Vaccination in Burma 1889-1999 - 1889-1999
Year: 1889
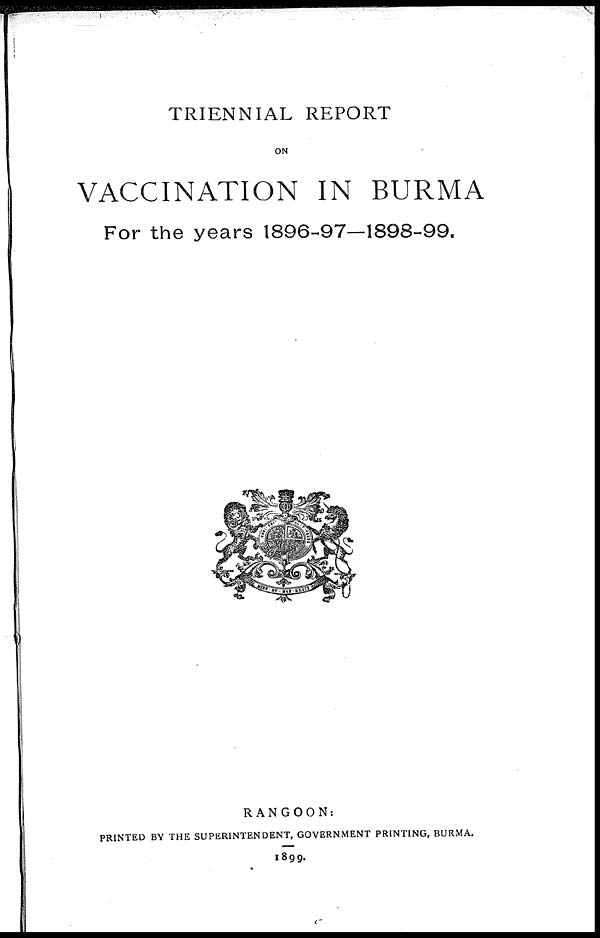
TRIENNIAL REPORT
ON
VACCINATION IN BURMA
For the years 1896-97—1898-99.
RANGOON:
PRINTED BY THE SUPERINTENDENT, GOVERNMENT PRINTING, BURMA.
1899.